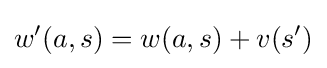
w'(a,s)=w(a,s)+v(s')